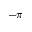
- \pi